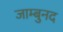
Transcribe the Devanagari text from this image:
जाम्बुनद